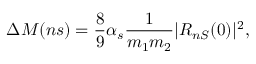
\Delta M ( n s ) = \frac { 8 } { 9 } \alpha _ { s } \frac { 1 } { m _ { 1 } m _ { 2 } } | R _ { n S } ( 0 ) | ^ { 2 } ,